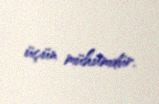
üçün mühümdür.